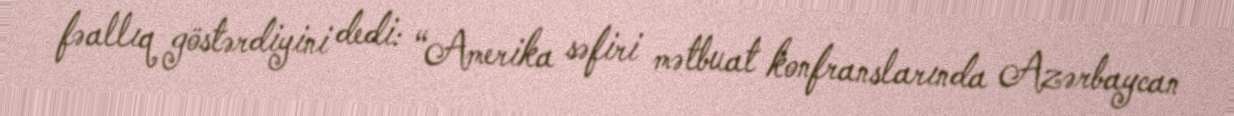
fəallıq göstərdiyini dedi: “Amerika səfiri mətbuat konfranslarında Azərbaycan